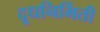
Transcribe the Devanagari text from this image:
दूधनिर्मिती